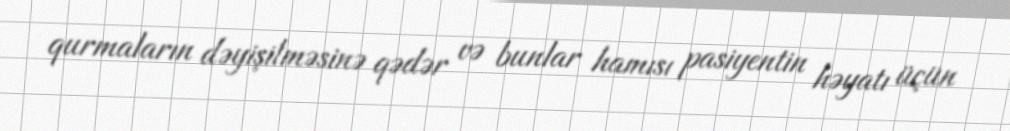
qurmaların dəyişilməsinə qədər və bunlar hamısı pasiyentin həyatı üçün